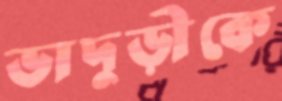
ভাদুড়ীকে